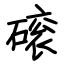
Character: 磙